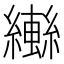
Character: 𬘄